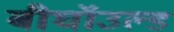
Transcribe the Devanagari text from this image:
बीघॉउल्ड